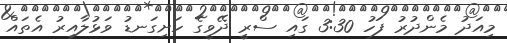
މިއަދު މެންދުރު ފަހު 3:30 ގައި ސްރީ ދޭވީގެ ހަށިގަނޑު ވަޅުލާއިރު އެތައް